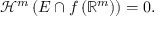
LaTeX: { \mathcal { H } } ^ { m } \left( E \cap f \left( \mathbb { R } ^ { m } \right) \right) = 0 .